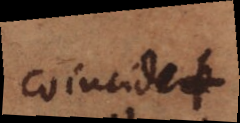
coincidet